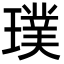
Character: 璞